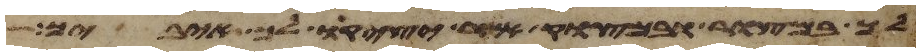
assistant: לך במצור ובמצוק אשר יציק לך איביך